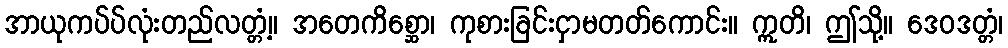
အာယုကပ်ပ်လုံးတည်လတ္တံ့။ အတေကိစ္ဆော၊ ကုစားခြင်းငှာမတတ်ကောင်း။ ဣတိ၊ ဤသို့။ ဒေဝဒတ္တံ၊